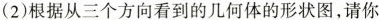
(2)根据从三个方向看到的几何体的形状图，请你